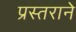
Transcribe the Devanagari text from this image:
प्रस्तराने